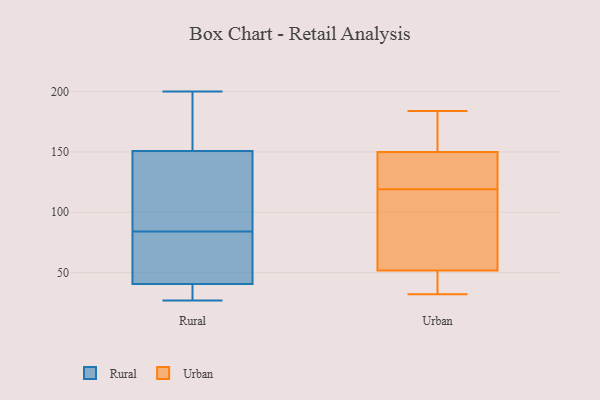
{"axis": {"x": "Active Users", "y": "Value"}, "legend": ["Rural", "Urban"], "data": [{"x": "", "y": 152, "type": "Rural"}, {"x": "", "y": 48, "type": "Rural"}, {"x": "", "y": 84, "type": "Rural"}, {"x": "", "y": 38, "type": "Rural"}, {"x": "", "y": 200, "type": "Rural"}, {"x": "", "y": 51, "type": "Rural"}, {"x": "", "y": 147, "type": "Rural"}, {"x": "", "y": 144, "type": "Rural"}, {"x": "", "y": 38, "type": "Rural"}, {"x": "", "y": 27, "type": "Rural"}, {"x": "", "y": 156, "type": "Rural"}, {"x": "", "y": 59, "type": "Urban"}, {"x": "", "y": 165, "type": "Urban"}, {"x": "", "y": 32, "type": "Urban"}, {"x": "", "y": 98, "type": "Urban"}, {"x": "", "y": 156, "type": "Urban"}, {"x": "", "y": 147, "type": "Urban"}, {"x": "", "y": 51, "type": "Urban"}, {"x": "", "y": 146, "type": "Urban"}, {"x": "", "y": 148, "type": "Urban"}, {"x": "", "y": 52, "type": "Urban"}, {"x": "", "y": 46, "type": "Urban"}, {"x": "", "y": 119, "type": "Urban"}, {"x": "", "y": 184, "type": "Urban"}]}